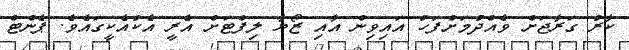
ކާރު ގަރާޖަށް ވެއްދުމަށްފަހު އައިވިން އާއި ޒޯޔާ ލިފްޓަށް އެރީ އެކުއެކީގައެވެ. ޕެންޓް